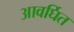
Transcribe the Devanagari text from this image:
आवर्घित